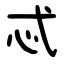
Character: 忒